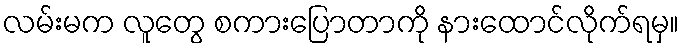
လမ်းမက လူတွေ စကားပြောတာကို နားထောင်လိုက်ရမှ။